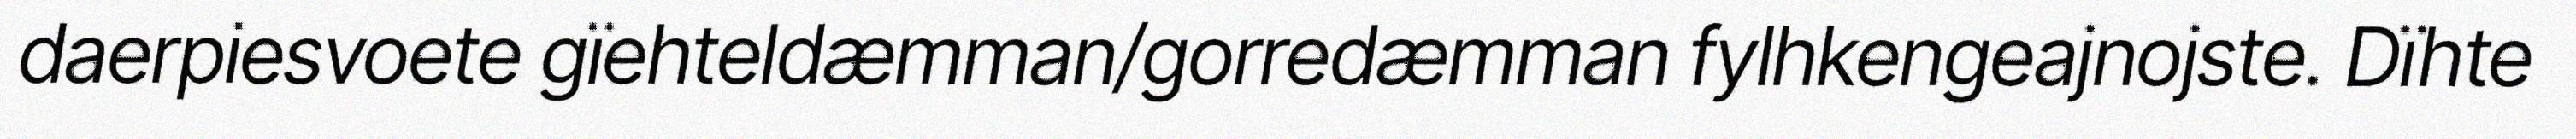
daerpiesvoete gïehteldæmman/gorredæmman fylhkengeajnojste. Dïhte